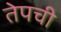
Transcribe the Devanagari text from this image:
तेपची